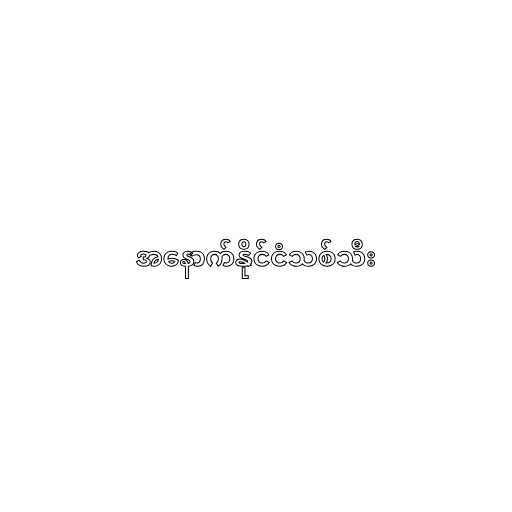
အနောက်နိုင်ငံသစ်သီး